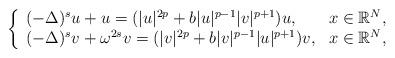
LaTeX: \begin{align*} \left\{ \begin{array}{ll} (-\Delta)^{s} u+ u=(|u|^{2p}+b|u|^{p-1}|v|^{p+1})u, & x\in\mathbb{R}^{N},\\ (-\Delta)^{s} v+ \omega^{2s} v=(|v|^{2p}+b|v|^{p-1}|u|^{p+1})v, & x\in\mathbb{R}^{N}, \end{array} \right. \end{align*}